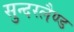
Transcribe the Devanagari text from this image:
सुन्दरलैण्ड